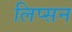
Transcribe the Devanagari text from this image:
लिप्सन